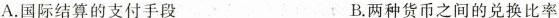
A.国际结算的支付手段 B.两种货币之间的兑换比率